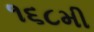
૧૬૮મી